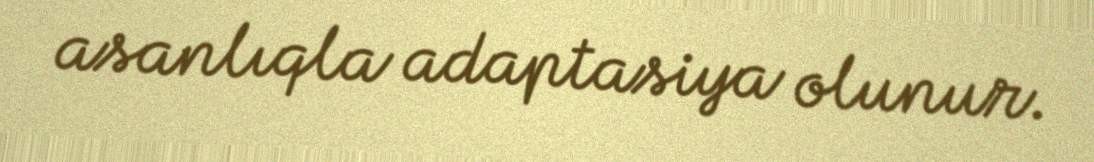
asanlıqla adaptasiya olunur.